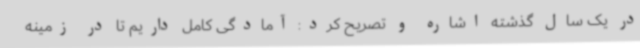
در یک سال گذشته اشاره و تصریح کرد: آمادگی کامل داریم تا در زمینه